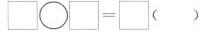
\Box \bigcirc \Box =\Box ( )